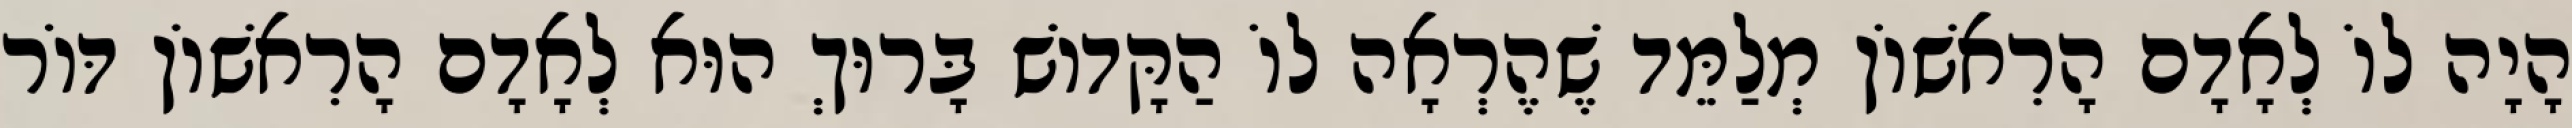
הָיָה לוֹ לְאָדָם הָרִאשׁוֹן מְלַמֵּד שֶׁהֶרְאָה לוֹ הַקָּדוֹשׁ בָּרוּךְ הוּא לְאָדָם הָרִאשׁוֹן דּוֹר